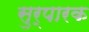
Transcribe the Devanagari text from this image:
सुर्पारक